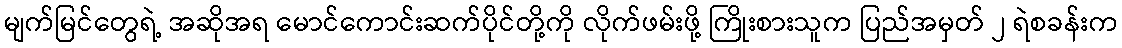
မျက်မြင်တွေရဲ့ အဆိုအရ မောင်ကောင်းဆက်ပိုင်တို့ကို လိုက်ဖမ်းဖို့ ကြိုးစားသူက ပြည်အမှတ် ၂ ရဲစခန်းက